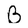
Character: B